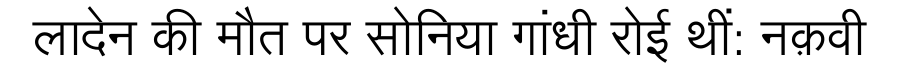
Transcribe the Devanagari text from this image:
लादेन की मौत पर सोनिया गांधी रोई थीं: नक़वी